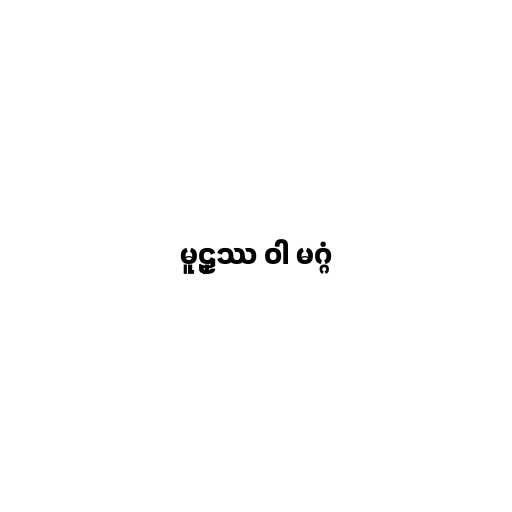
မူဠှဿ ဝါ မဂ္ဂံ